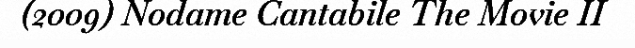
(2009) Nodame Cantabile The Movie II